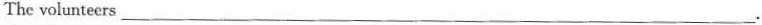
The volunteers___.